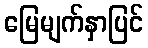
မြေမျက်နှာပြင်